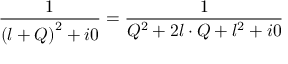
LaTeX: \frac { 1 } { \left( l + Q \right) ^ { 2 } + i 0 } = \frac { 1 } { Q ^ { 2 } + 2 l \cdot Q + l ^ { 2 } + i 0 }